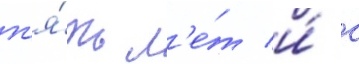
п'я́ть л'е́т и́ с